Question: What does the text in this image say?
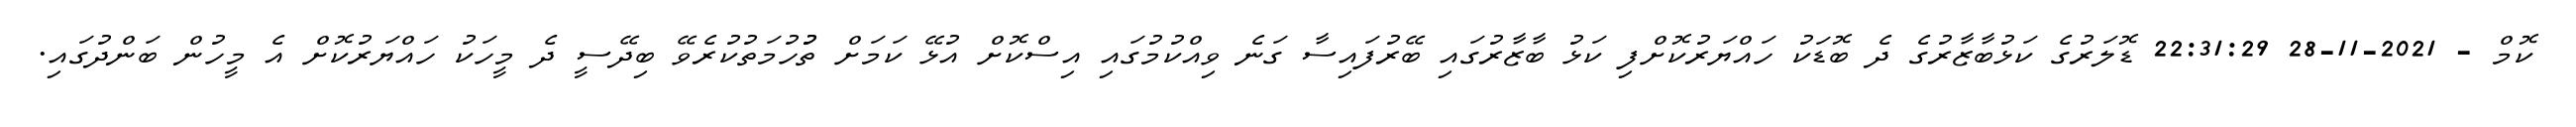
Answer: ކޮމް - 2021-11-28 22:31:29 ޑޮލަރުގެ ކަޅުބާޒާރުގެ ދެ ބޮޑަކު ހައްޔަރުކޮށްފި ކަޅު ބާޒާރުގައި ބޭރުފައިސާ ގަނެ ވިއްކުމުގައި އިސްކޮށް އުޅޭ ކަމަށް ތުުހުމަތުކުރެވޭ ބިދޭސީ ދެ މީހަކު ހައްޔަރުކޮށް އެ މީހުން ބަންދުގައި.